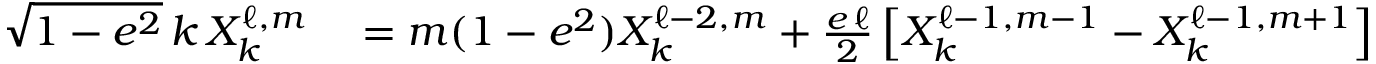
\begin{array} { r l } { \sqrt { 1 - e ^ { 2 } } \, k \, X _ { k } ^ { \ell , m } } & { { } = m ( 1 - e ^ { 2 } ) X _ { k } ^ { \ell - 2 , m } + \frac { e \, \ell } { 2 } \left[ X _ { k } ^ { \ell - 1 , m - 1 } - X _ { k } ^ { \ell - 1 , m + 1 } \right] } \end{array}